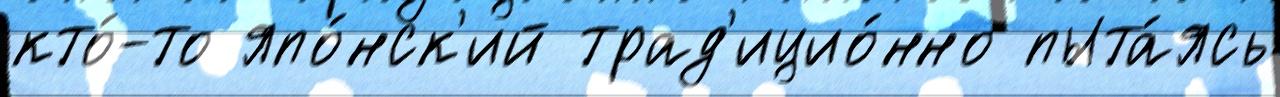
кто́-то япо́нск'ий трад'ицио́нно пыта́ясь